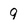
Character: 9